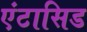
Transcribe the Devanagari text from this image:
एंटासिड